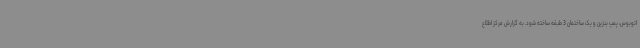
اتوبوس، پمپ بنزین و یک ساختمان 3 طبقه ساخته شود. به گزارش مرکز اطلاع